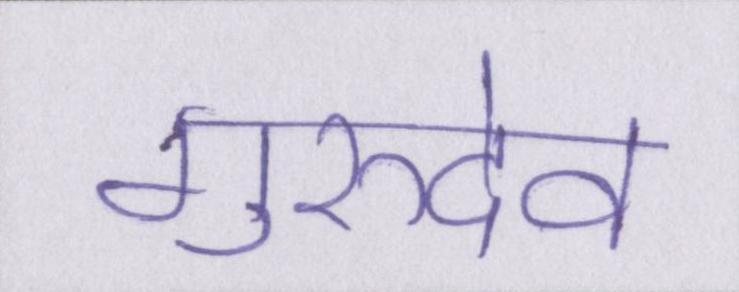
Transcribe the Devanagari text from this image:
गुरुदेव